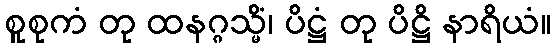
စူစုကံ တု ထနဂ္ဂသ္မိံ၊ ပိဋ္ဌံ တု ပိဋ္ဌိ နာရိယံ။